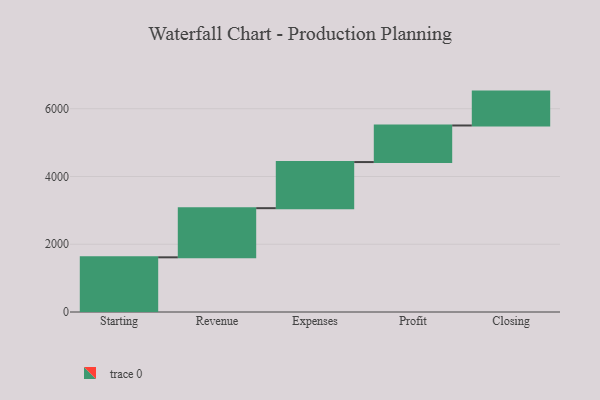
{"axis": {"x": "Step", "y": "Value"}, "legend": [""], "data": [{"x": "Starting", "y": 1614.0, "type": ""}, {"x": "Revenue", "y": 1451.0, "type": ""}, {"x": "Expenses", "y": 1361.0, "type": ""}, {"x": "Profit", "y": 1080.0, "type": ""}, {"x": "Closing", "y": 1000, "type": ""}]}